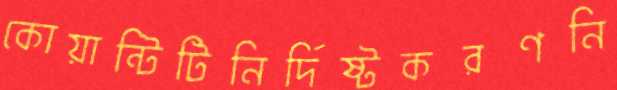
কোয়ান্টিটিনির্দিষ্টকরণনি